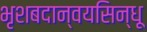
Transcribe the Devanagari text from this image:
भृशबदान्वयसिन्धू